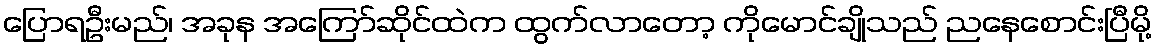
ပြောရဦးမည်၊ အခုန အကြော်ဆိုင်ထဲက ထွက်လာတော့ ကိုမောင်ချိုသည် ညနေစောင်းပြီမို့